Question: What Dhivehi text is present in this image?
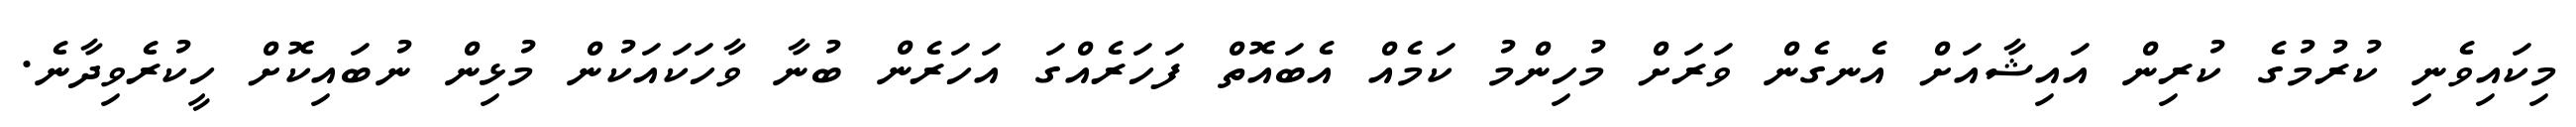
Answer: މިކައިވެނި ކުރުމުގެ ކުރިން އައިޝާއަށް އެނގެން ވަރަށް މުހިންމު ކަމެއް އެބައޮތް ފަހަރެއްގަ އަހަރެން ބުނާ ވާހަކައަކުން މުޅިން ނުބައިކޮށް ހީކުރެވިދާނެ.